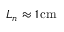
L _ { n } \approx 1 \, \mathrm { c m }